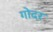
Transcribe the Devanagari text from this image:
गोदर